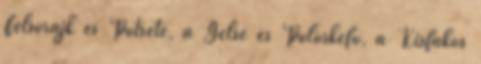
Felsőrajk és Pötréte, a Gelse és Pölöskefő, a Kisfakos